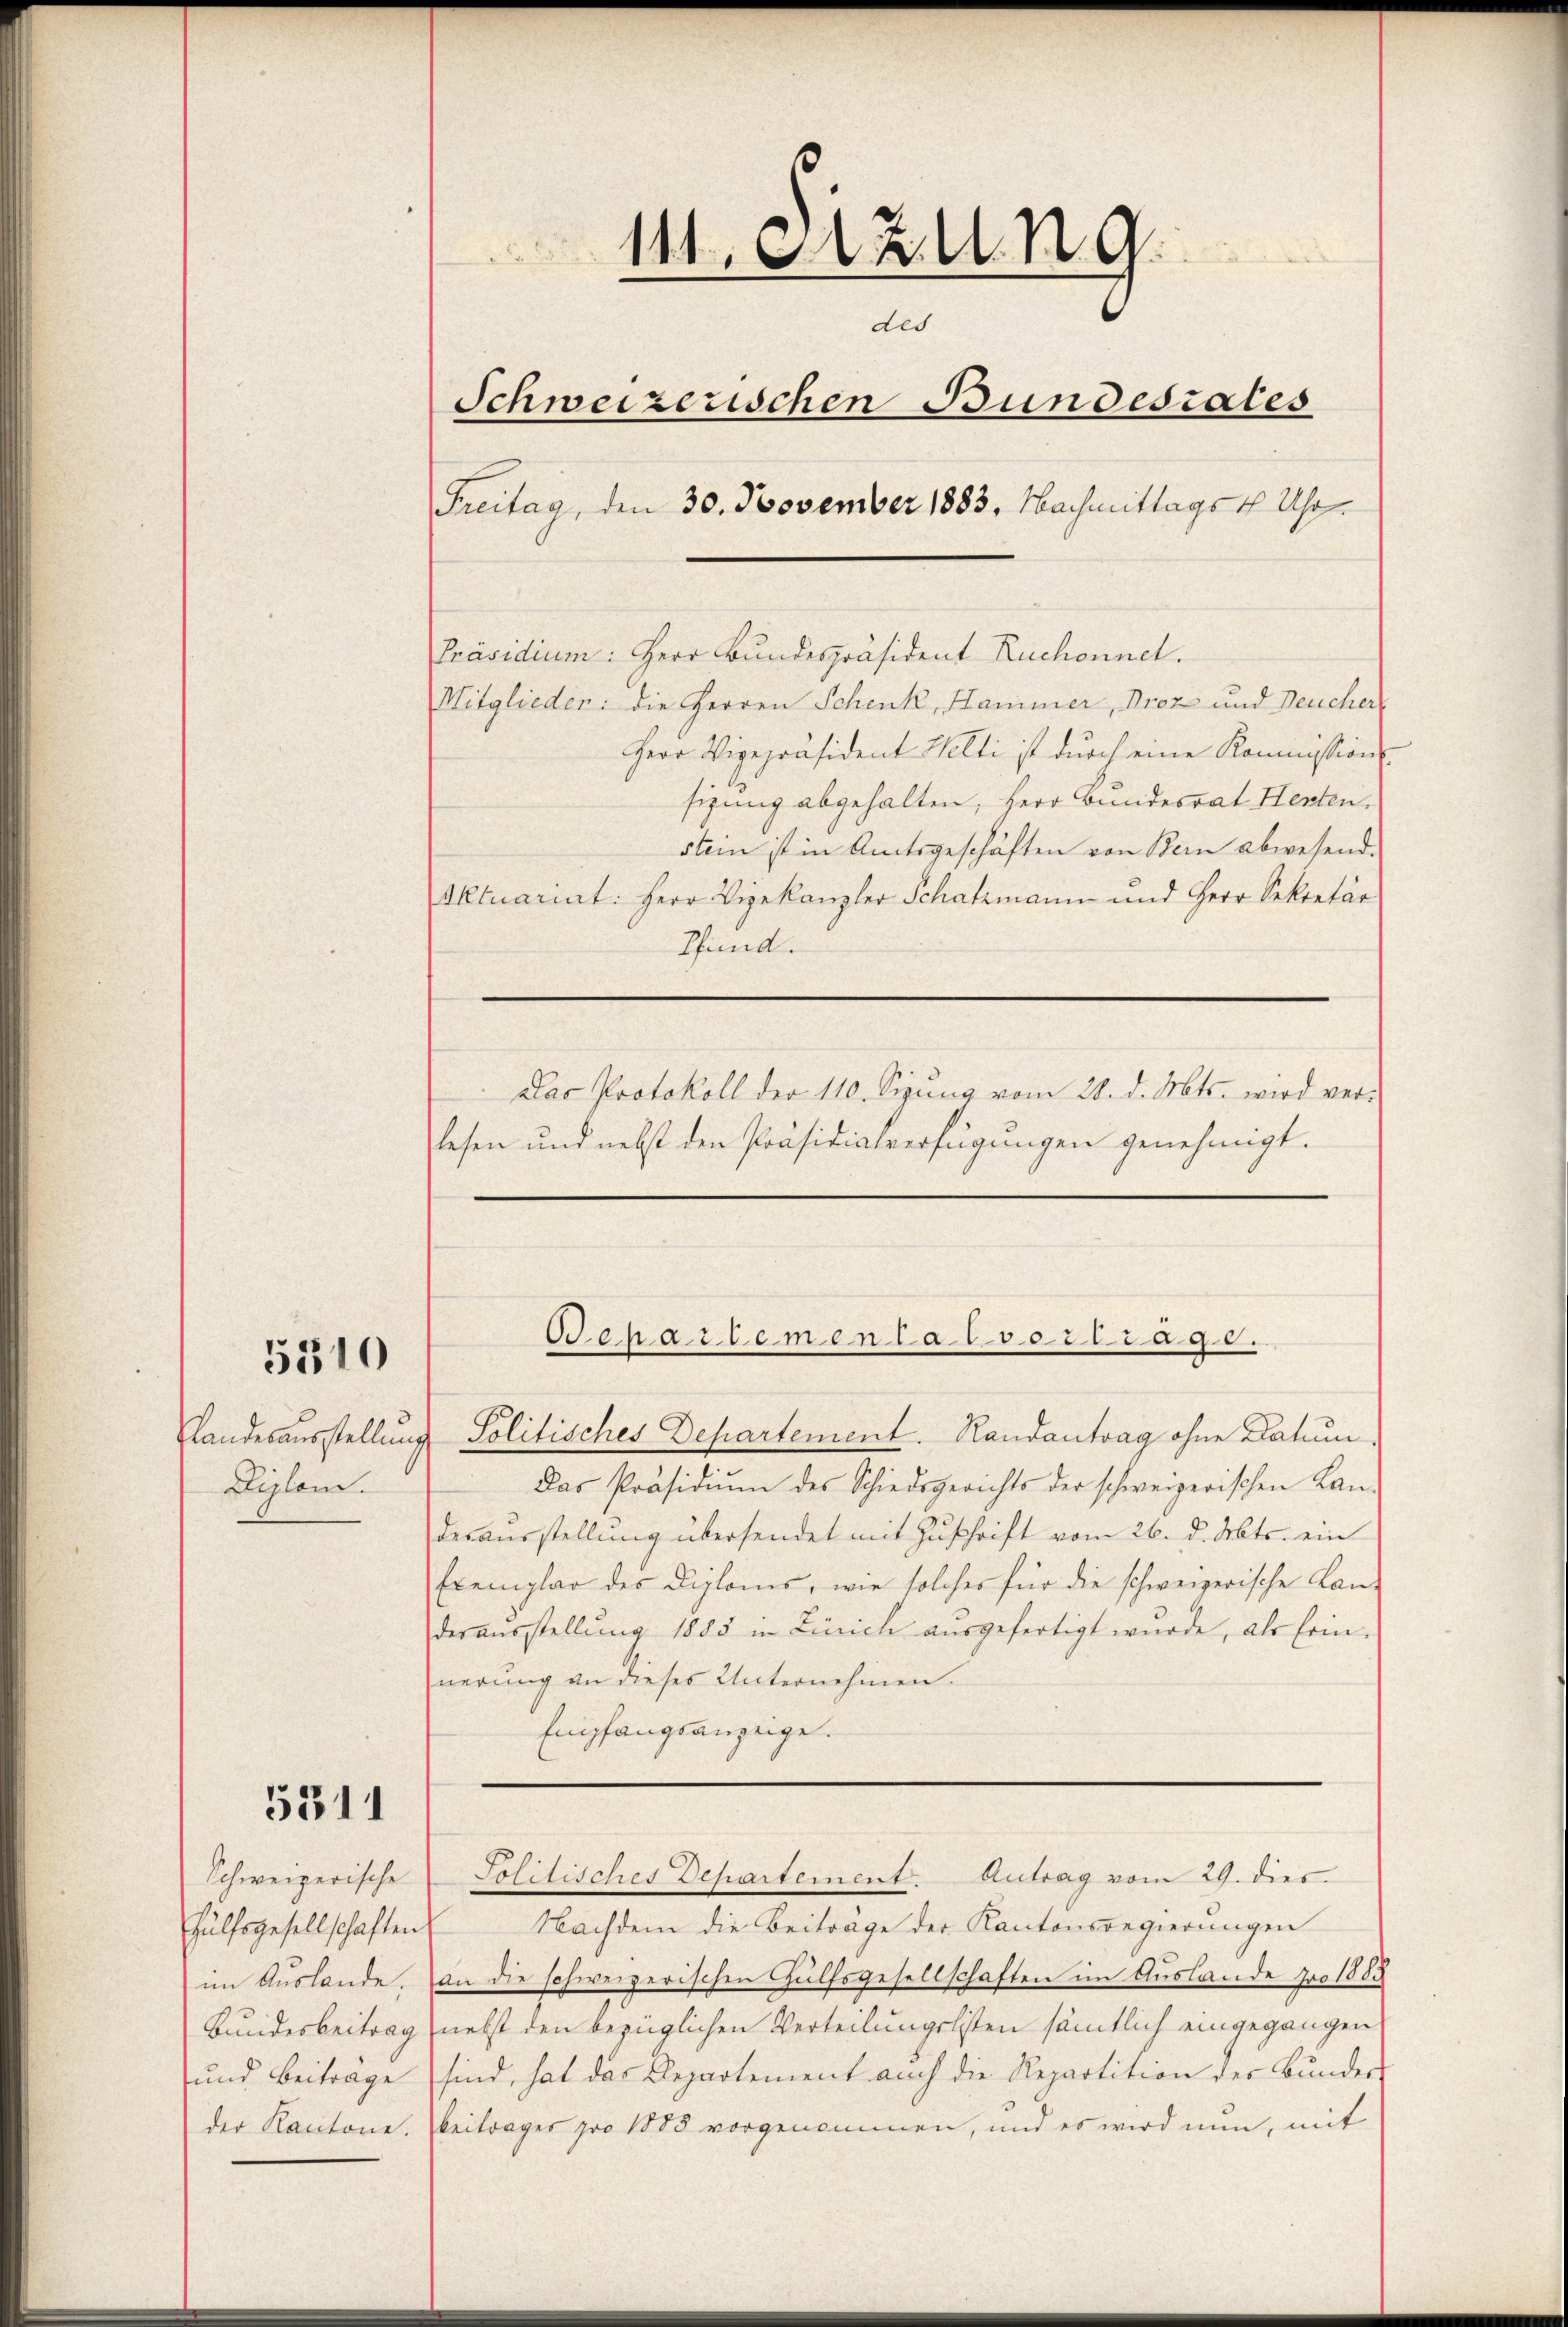
5510

5311

111. Sitzung.
des
Schweizerischen Bundesrates
Freitag, den 30. November 1883. Nachmittags 1 Uhr.
Präsidium. Herr Bundespräsident Ruchonnet.
Mitglieden: die Herren Schenk, Hammer, Droz und Neucher
Herr Vigepräsident Welti ist durch eine Kommission
sizung abgehalten, Herr Bundesrat Henten.
stein ist in Amtsgeschäften von Bern abwesend.
Aktuariat: Herr Vizekanzler Schatzmann und Herr Sekretär
Tund.

Diplom.

Das Protokoll der 110. Sepung vom 28. d. Mts. wird ver-
lesen und nebst den Präsidialverfügungen genehmigt.

O.enartementalvertrage.
Landesausstellung Politisches Departement. Randantrag ohne Datum.

Das Präsidiŭm des Schiedsgerichts der schweizerischen Lan-
desausstellung übersendet mit Zuschrift vom 26. d. Mts. ein
Exemplar des Diploms, wie solches für die schweizerische Lan-
deraŭsstellŭng 1885 in Zürich aŭsgefertigt wŭrde, als Erin-
nerung an dieses Unternehmen.
Empfangsanzeige.

Schweizerische Politisches Departement. Antrag vom 29. dies

Hülfsgesellschaften Nachdem die Beiträge der Kantonsregierungen
im Auslande, an die schweizerischen Hülfsgesellschaften im Auslande pro 1888
Bundesbeitrag nebst den bezüglichen Verteilungslisten sämtlich eingegangen
und Beitrage sind, hat das Repartement auch die Repartition der Bŭndes-
der Kantone. Beiträger pro 1885 vorgenommen, und es wird nun, mit